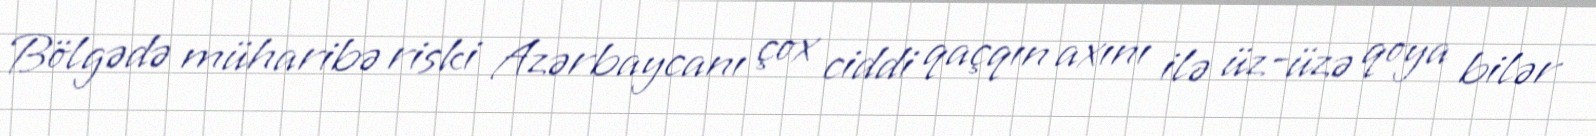
Bölgədə müharibə riski Azərbaycanı çox ciddi qaçqın axını ilə üz-üzə qoya bilər